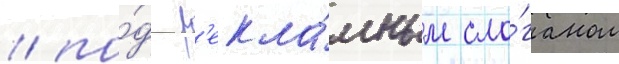
/ по́д р'екла́мным сло́ганом